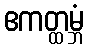
ဧကတ္ထမ္ဘံ